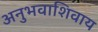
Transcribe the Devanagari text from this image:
अनुभवाशिवाय